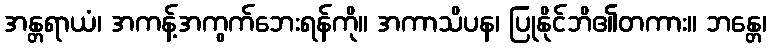
အန္တရာယံ၊ အကန့်အကွက်ဘေးရန်ကို။ အကာသိပန၊ ပြုနိုင်ဘိ၏တကား။ ဘန္တေ၊